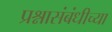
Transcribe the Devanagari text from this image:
प्रश्नासंबंधीच्या